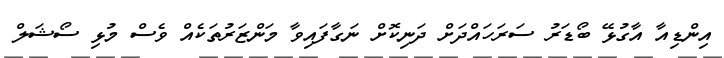
އިންޑިއާ އާގުޅޭ ބޯޑަރު ސަރަހައްދަށް ދަނިކޮށް ނަގާފައިވާ މަންޒަރުތަކެއް ވެސް މުޅި ސޯޝަލް